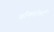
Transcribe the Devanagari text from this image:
ब्राँकहोर्स्ट